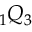
\phantom { } _ { 1 } Q _ { 3 }